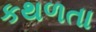
કથળતા